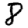
Digit: 8